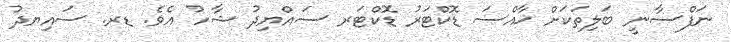
ނަފްސާނީ ބަލިތަކަށް ޚާއްސަ ޑޮކްޓަރު ޑޮކްޓަރ ސައްޔިދު ޝާހު އެވެ. ޑރ. ސައިޔދު